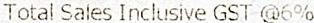
TOTAL SALES INCLUSIVE GST @6%